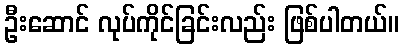
ဦးဆောင် လုပ်ကိုင်ခြင်းလည်း ဖြစ်ပါတယ်။